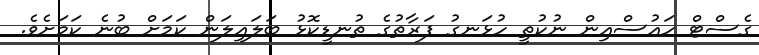
ގެސްޓް ހައުސްއިން ނުކުތީ ހުޅަނގު ފަރާތުގެ ތުނޑީކޮޅު ބަލައިލަން ކަމަށް ބުނެ ކަމަށެވެ.